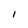
Character: 1